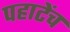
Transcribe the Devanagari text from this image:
पहाटेंच